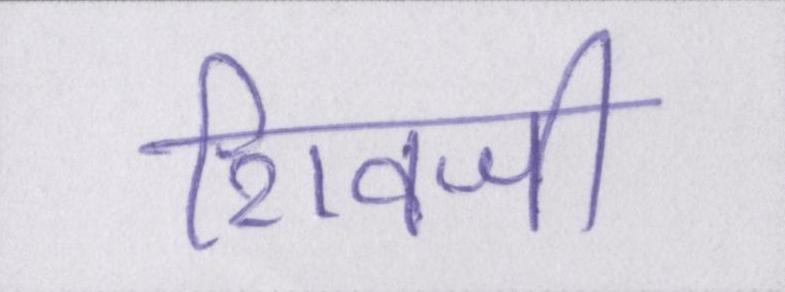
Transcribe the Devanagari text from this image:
शिवजी